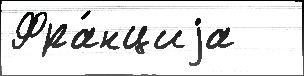
Фра́нциjа